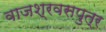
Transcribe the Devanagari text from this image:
वाजश्रवसपुत्र